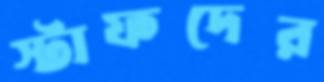
স্টাফদের